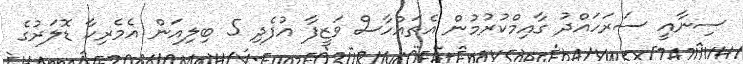
ސިނާއީ ސަރަހައްދު ގާއިމްކުރުމުން އެތައްހާސް ވަޒީފާ އުފެދި 5 ބިލިއަން އެމެރިކާ ޑޮލަރުގެ